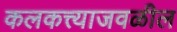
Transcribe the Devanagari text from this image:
कलकत्त्याजवळील